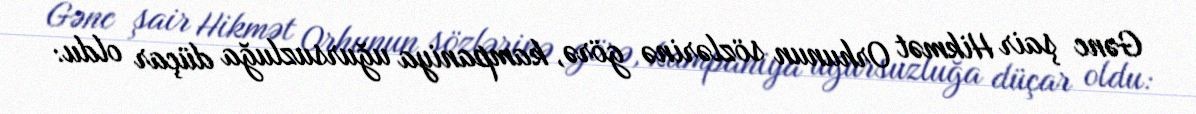
Gənc şair Hikmət Orhunun sözlərinə görə, kampaniya uğursuzluğa düçar oldu: